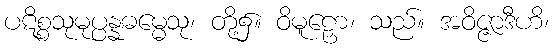
ပဋိစ္စသုမုပ္ပန္နဓမ္မေသု၊ တို့၌။ ဝိမူဠှော၊ သည်။ အဝိဇ္ဇာဒီဟိ၊